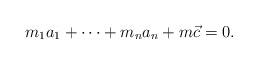
LaTeX: \begin{align*} m_1 a_1 + \dots + m_n a_n + m \vec c = 0.\end{align*}